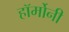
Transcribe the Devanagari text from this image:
हॉर्मोनी